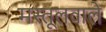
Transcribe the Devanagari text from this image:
मस्तूलवाले